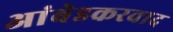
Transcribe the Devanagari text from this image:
अांबेडकरवाद